Indian journal of veterinary science and animal husbandry - Volumes 26-27, 1956-1957
Year: 1956
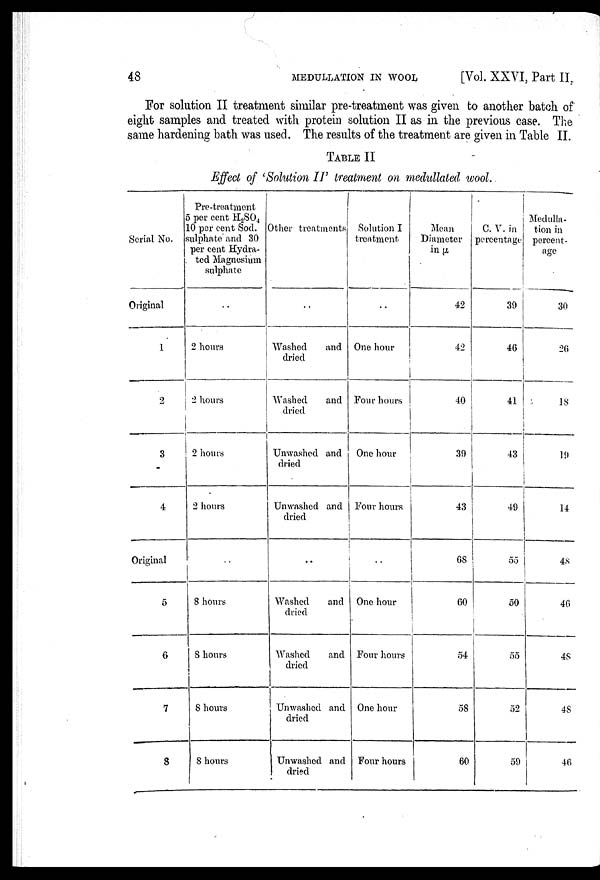
48
MEDULLATION
IN
WOOL
[Vol. XXVI, Part II.
For solution II treatment similar pre-treatment was given to another batch of
eight samples and treated with protein solution II as in the previous case. The
same hardening bath was used. The results of the treatment are given in Table II.
TABLE II
Effect of 'Solution II' treatment on medullated wool.
Serial No.
Original
1
2
3
4
Original
5
6
7
8
Pre-treatment
5 per cent H 2 SO 4
10 per cent Sod.
sulphate and 30
per cent Hydra-
ted Magnesium
sulphate
..
2 hours
2 hours
2 hours
2 hours
..
8 hours
8 hours
8 hours
8 hours
Other treatments
..
Washed
and
dried
Washed
and
dried
Unwashed and
dried
Unwashed and
dried
..
Washed
and
dried
Washed
and
dried
Unwashed and
dried
Unwashed and
dried
Solution I
treatment
..
One hour
Four hours
One hour
Four hours
..
One hour
Four hours
One hour
Four hours
Mean
Diameter
in µ
42
42
40
39
43
68
60
54
58
60
C. V. in
percentage
39
46
41
43
49
55
50
55
52
59
Medulla-
tion in
percent-
age
30
26
18
19
14
48
46
48
48
46